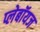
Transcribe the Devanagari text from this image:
प्लेबॉयज